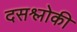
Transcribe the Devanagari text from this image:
दसश्लोकी